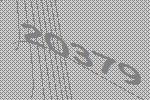
20379